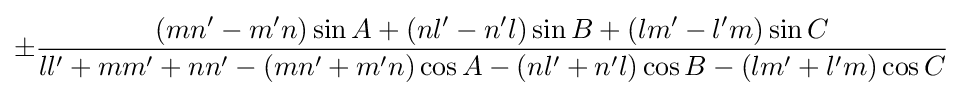
\pm {\frac {(mn'-m'n)\sin A+(nl'-n'l)\sin B+(lm'-l'm)\sin C}{ll'+mm'+nn'-(mn'+m'n)\cos A-(nl'+n'l)\cos B-(lm'+l'm)\cos C}}